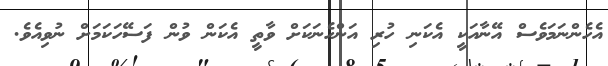
އެހެންނަމަވެސް އޭނާއަކީ އެކަނި ހުރި އަންހެނަކަށް ވާތީ އެކަން ވުން ފަސޭހަކަމަށް ނުވިއެވެ.